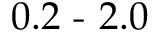
0 . 2 \textrm { - } 2 . 0 \